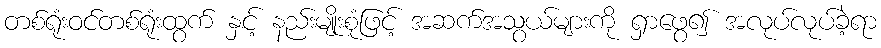
တစ်ရုံးဝင်တစ်ရုံးထွက် နှင့် နည်းမျိုးစုံဖြင့် အဆက်အသွယ်များကို ရှာဖွေ၍ အလုပ်လုပ်ခဲ့ရာ